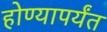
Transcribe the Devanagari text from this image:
होण्यापर्यंत